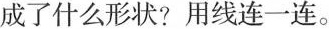
成了什么形状？用线连一连。